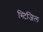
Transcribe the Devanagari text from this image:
स्टिजिल